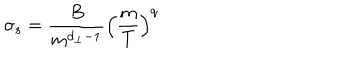
\sigma _ { s } = \frac { B } { m ^ { d _ { \perp } - 1 } } \left( \frac { m } { T } \right) ^ { q }